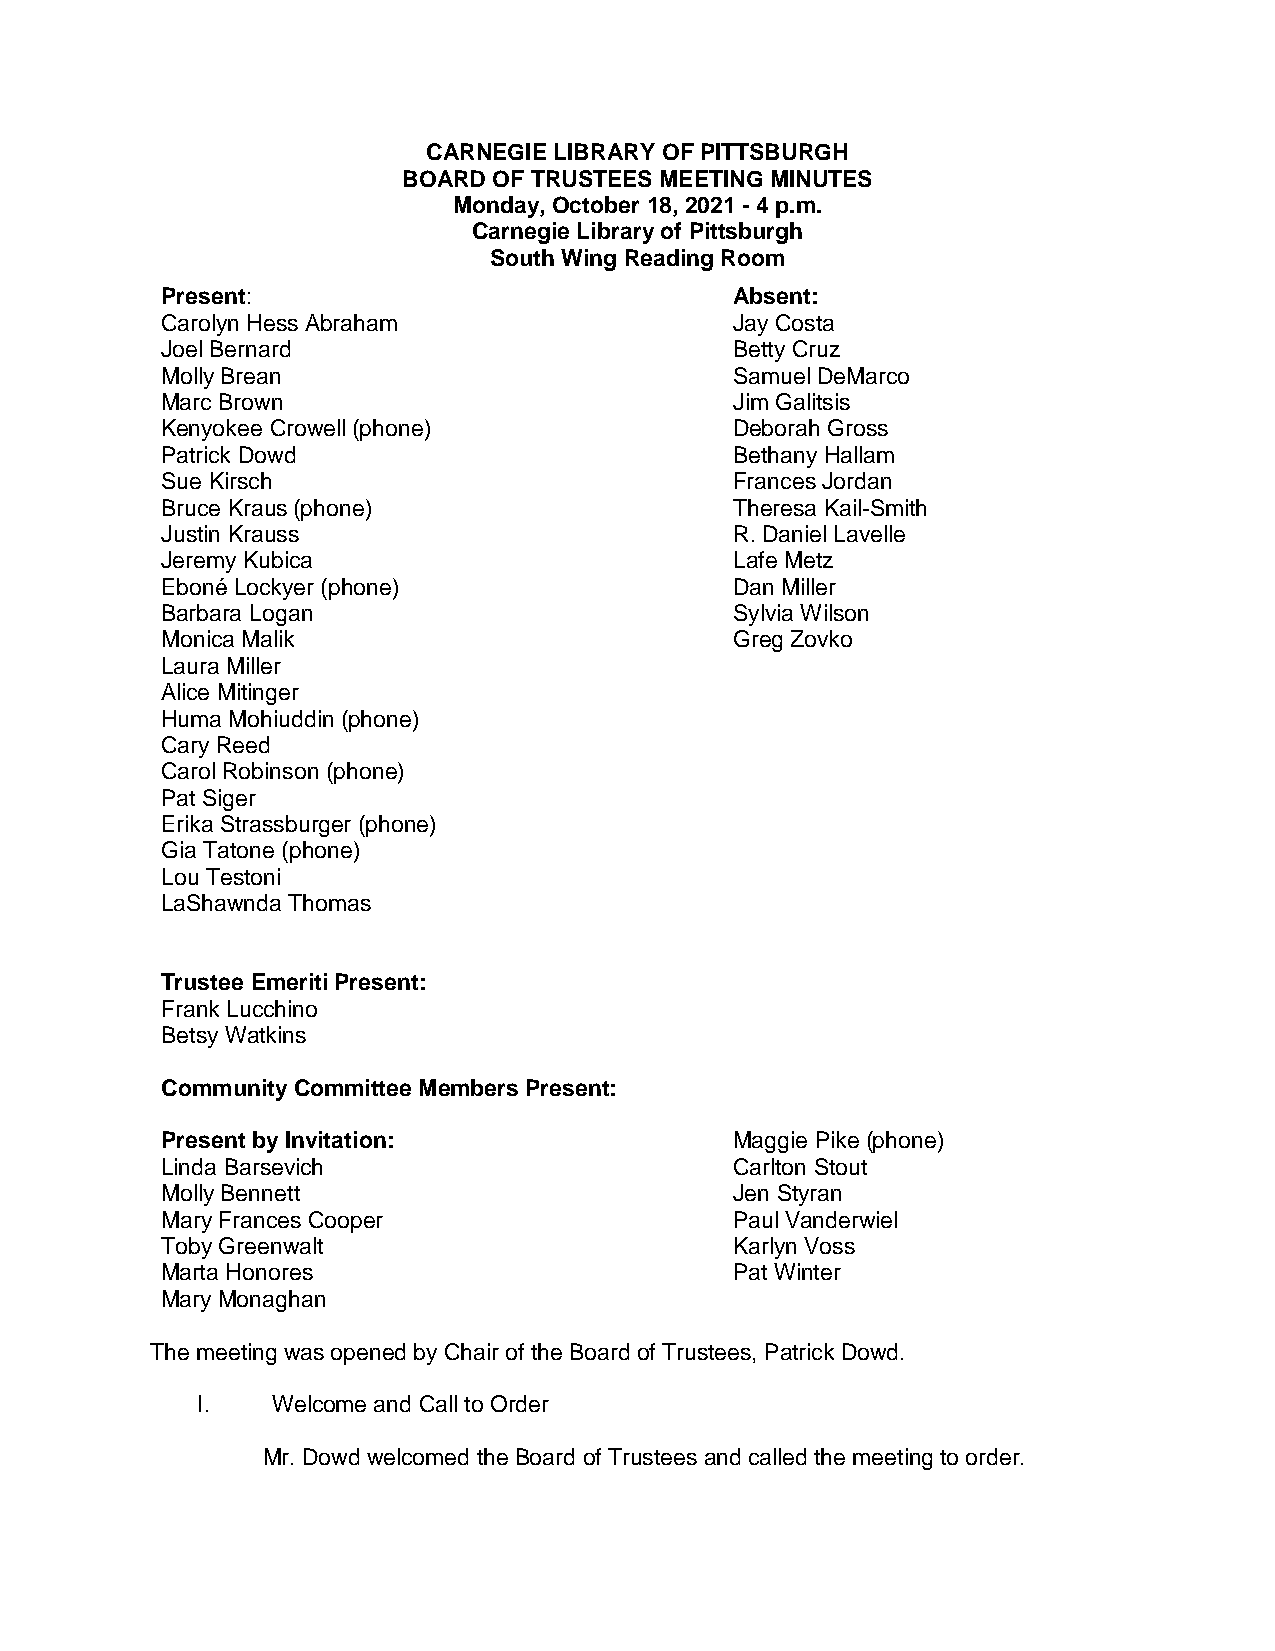
CARNEGIE LIBRARY OF PITTSBURGH
 BOARD OF TRUSTEES MEETING MINUTES
 Monday, October 18, 2021 - 4 p.m.
 Carnegie Library of Pittsburgh
 South Wing Reading Room
 Present:                              Absent:
 Carolyn Hess Abraham                  Jay Costa
 Joel Bernard                          Betty Cruz
 Molly Brean                           Samuel DeMarco
 Marc Brown                            Jim Galitsis
 Kenyokee Crowell (phone)              Deborah Gross
 Patrick Dowd                          Bethany Hallam
 Sue Kirsch                            Frances Jordan
 Bruce Kraus (phone)                   Theresa Kail-Smith
 Justin Krauss                         R. Daniel Lavelle
 Jeremy Kubica                         Lafe Metz
 Eboné Lockyer (phone)                 Dan Miller
 Barbara Logan                         Sylvia Wilson
 Monica Malik                          Greg Zovko
 Laura Miller
 Alice Mitinger
 Huma Mohiuddin (phone)
 Cary Reed
 Carol Robinson (phone)
 Pat Siger
 Erika Strassburger (phone)
 Gia Tatone (phone)
 Lou Testoni
 LaShawnda Thomas
 Trustee Emeriti Present:
 Frank Lucchino
 Betsy Watkins
 Community Committee Members Present:
 Present by Invitation:                Maggie Pike (phone)
 Linda Barsevich                       Carlton Stout
 Molly Bennett                         Jen Styran
 Mary Frances Cooper                   Paul Vanderwiel
 Toby Greenwalt                        Karlyn Voss
 Marta Honores                         Pat Winter
 Mary Monaghan
 The meeting was opened by Chair of the Board of Trustees, Patrick Dowd.
 I.   Welcome and Call to Order
 Mr. Dowd welcomed the Board of Trustees and called the meeting to order.